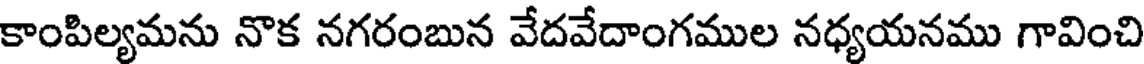
కాంపిల్యమను నొక నగరంబున వేదవేదాంగముల నధ్యయనము గావించి